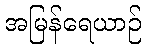
အမြန်ရေယာဉ်